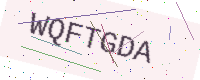
Text: WQFTGDA